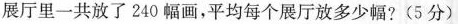
展厅里一共放了240幅画，平均每个展厅放多少幅?(5分)